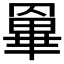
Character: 𦌎